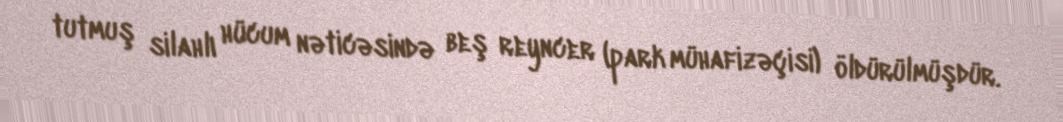
tutmuş silahlı hücum nəticəsində beş reyncer (park mühafizəçisi) öldürülmüşdür.